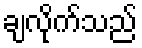
ချလိုက်သည်